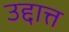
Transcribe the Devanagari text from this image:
उद्दात्त